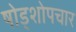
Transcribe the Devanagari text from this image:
षोड्शोपचार